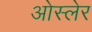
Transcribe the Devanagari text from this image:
ओस्लेर